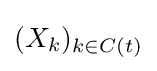
(X_{k})_{k\in C(t)}